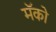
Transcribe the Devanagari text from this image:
मॅको